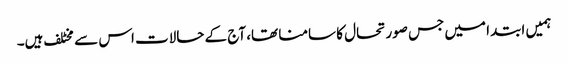
ہمیں ابتدا میں جس صورتحال کا سامنا تھا، آج کے حالات اس سے مخٹلف ہیں۔